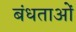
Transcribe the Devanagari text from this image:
बंधताओं